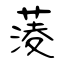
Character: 蔆